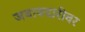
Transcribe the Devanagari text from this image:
जबाबदारीवर